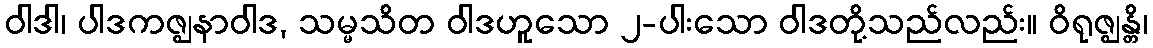
ဝါဒါ၊ ပါဒကဇ္ဈနာဝါဒ, သမ္မသိတ ဝါဒဟူသော ၂-ပါးသော ဝါဒတို့သည်လည်း။ ဝိရုဇ္ဈန္တိ၊